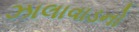
ઝાલાવાડનો